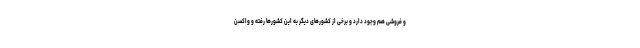
و فروشی هم وجود دارد و برخی از کشورهای دیگر به این کشورها رفته و واکسن